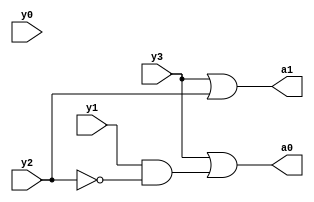
`timescale 1ns / 1ps
//////////////////////////////////////////////////////////////////////////////////
// Company: 
// Engineer: 
// 
// Design Name: 
// Module Name:    ENCODER 
// Project Name: 
// Target Devices: 
// Tool versions: 
// Description: 
//
// Dependencies: 
//
// Revision: 
// Revision 0.01 - File Created
// Additional Comments: 
//
//////////////////////////////////////////////////////////////////////////////////
module ENCODER(
    input y0,
    input y1,
    input y2,
    input y3,
    output a0,
    output a1
    );
	 assign a1=y3|y2;
	 assign a0=y3|(y1&~y2);
	


endmodule